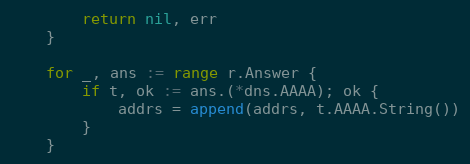
Language: Go
		return nil, err
	}

	for _, ans := range r.Answer {
		if t, ok := ans.(*dns.AAAA); ok {
			addrs = append(addrs, t.AAAA.String())
		}
	}